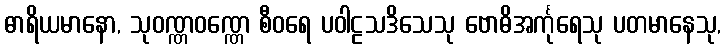
ဓာရိယမာနော, သုဝဏ္ဏဝဏ္ဏေ စီဝရေ ပဝါဠသဒိသေသု ဗောဓိအင်္ကုရေသု ပတမာနေသု,